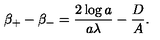
\beta _ { + } - \beta _ { - } = \frac { 2 \log a } { a \lambda } - \frac { D } { A } .